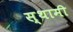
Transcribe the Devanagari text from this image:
स्थामी